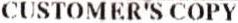
CUSTOMER'S COPY